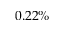
0 . 2 2 \%